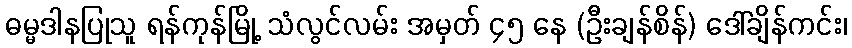
ဓမ္မဒါနပြုသူ ရန်ကုန်မြို့ သံလွင်လမ်း အမှတ် ၄၅ နေ (ဦးချန်စိန်) ဒေါ်ချိန်ကင်း၊